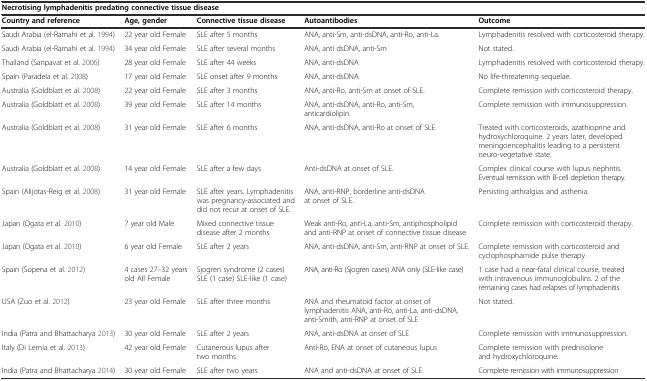
<table><thead><tr><td colspan="5"><b>Necrotising lymphadenitis predating connective tissue disease</b></td></tr><tr><td><b>Country and reference</b></td><td><b>Age, gender</b></td><td><b>Connective tissue disease</b></td><td><b>Autoantibodies</b></td><td><b>Outcome</b></td></tr></thead><tbody><tr><td>Saudi Arabia (el-Ramahi et al. 1994)</td><td>22 year old Female</td><td>SLE after 5 months</td><td>ANA, anti-Sm, anti-dsDNA, anti-Ro, anti-La.</td><td>Lymphadenitis resolved with corticosteroid therapy.</td></tr><tr><td>Saudi Arabia (el-Ramahi et al. 1994)</td><td>34 year old Female</td><td>SLE after several months</td><td>ANA, anti dsDNA, anti-Sm</td><td>Not stated.</td></tr><tr><td>Thailand (Sanpavat et al. 2006)</td><td>28 year old Female</td><td>SLE after 44 weeks</td><td>ANA, anti-dsDNA</td><td>Lymphadenitis resolved with corticosteroid therapy.</td></tr><tr><td>Spain (Paradela et al. 2008)</td><td>17 year old Female</td><td>SLE onset after 9 months</td><td>ANA, anti-dsDNA</td><td>No life-threatening sequelae.</td></tr><tr><td>Australia (Goldblatt et al. 2008)</td><td>22 year old Female</td><td>SLE after 3 months</td><td>ANA, anti-Ro, anti-Sm at onset of SLE.</td><td>Complete remission with corticosteroid therapy.</td></tr><tr><td>Australia (Goldblatt et al. 2008)</td><td>39 year old Female</td><td>SLE after 14 months</td><td>ANA, anti-dsDNA, anti-Ro, anti-Sm, anticardiolipin.</td><td>Complete remission with immunosuppression.</td></tr><tr><td>Australia (Goldblatt et al. 2008)</td><td>31 year old Female</td><td>SLE after 6 months</td><td>ANA, anti-dsDNA, anti-Ro at onset of SLE</td><td>Treated with corticosteroids, azathioprine and hydroxychloroquine. 2 years later, developed meningoencephalitis leading to a persistent neuro-vegetative state.</td></tr><tr><td>Australia (Goldblatt et al. 2008)</td><td>14 year old Female</td><td>SLE after a few days</td><td>Anti-dsDNA at onset of SLE.</td><td>Complex clinical course with lupus nephritis. Eventual remission with B-cell depletion therapy.</td></tr><tr><td>Spain (Alijotas-Reig et al. 2008)</td><td>31 year old Female</td><td>SLE after years. Lymphadenitis was pregnancy-associated and did not recur at onset of SLE.</td><td>ANA, anti-RNP, borderline anti-dsDNA at onset of SLE.</td><td>Persisting arthralgias and asthenia.</td></tr><tr><td>Japan (Ogata et al. 2010)</td><td>7 year old Male</td><td>Mixed connective tissue disease after 2 months</td><td>Weak anti-Ro, anti-La, anti-Sm, antiphospholipid and anti-RNP at onset of connective tissue disease</td><td>Complete remission with corticosteroid therapy.</td></tr><tr><td>Japan (Ogata et al. 2010)</td><td>6 year old Female</td><td>SLE after 2 years</td><td>ANA, anti-dsDNA, anti-Sm, anti-RNP at onset of SLE.</td><td>Complete remission with corticosteroid and cyclophosphamide pulse therapy.</td></tr><tr><td>Spain (Sopena et al. 2012)</td><td>4 cases 27–32 years old All Female</td><td>Sjogren syndrome (2 cases) SLE (1 case) SLE-like (1 case)</td><td>ANA, anti-Ro (Sjogren cases) ANA only (SLE-like case)</td><td>1 case had a near-fatal clinical course, treated with intravenous immunoglobulins. 2 of the remaining cases had relapses of lymphadenitis.</td></tr><tr><td>USA (Zuo et al. 2012)</td><td>23 year old Female</td><td>SLE after three months</td><td>ANA and rheumatoid factor at onset of lymphadenitis ANA, anti-Ro, anti-La, anti-dsDNA, anti-Smith, anti-RNP at onset of SLE</td><td>Not stated.</td></tr><tr><td>India (Patra and Bhattacharya 2013)</td><td>30 year old Female</td><td>SLE after 2 years</td><td>ANA, anti-dsDNA at onset of SLE</td><td>Complete remission with immunosuppression.</td></tr><tr><td>Italy (Di Lernia et al. 2013)</td><td>42 year old Female</td><td>Cutanerous lupus after two months</td><td>Anti-Ro, ENA at onset of cutaneous lupus</td><td>Complete remission with prednisolone and hydroxychloroquine.</td></tr><tr><td>India (Patra and Bhattacharya 2014)</td><td>30 year old Female</td><td>SLE after two years</td><td>ANA and anti-dsDNA at onset of SLE</td><td>Complete remission with immunosuppression</td></tr></tbody></table>